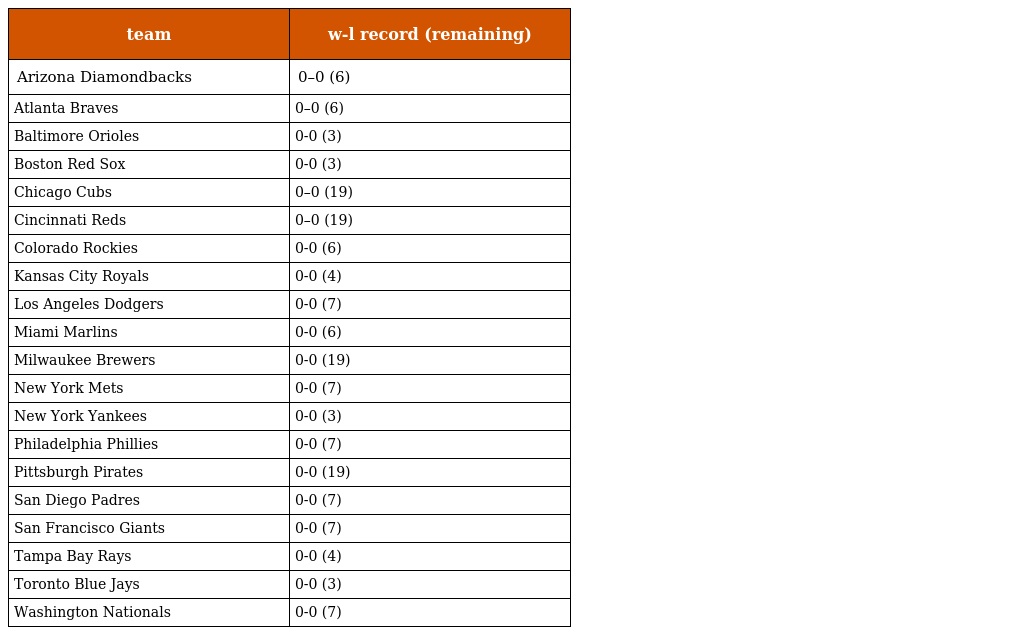
| team | w-l record (remaining) |
 | --- | --- |
 | Arizona Diamondbacks | 0–0 (6) |
 | Atlanta Braves | 0–0 (6) |
 | Baltimore Orioles | 0-0 (3) |
 | Boston Red Sox | 0-0 (3) |
 | Chicago Cubs | 0–0 (19) |
 | Cincinnati Reds | 0–0 (19) |
 | Colorado Rockies | 0-0 (6) |
 | Kansas City Royals | 0-0 (4) |
 | Los Angeles Dodgers | 0-0 (7) |
 | Miami Marlins | 0-0 (6) |
 | Milwaukee Brewers | 0-0 (19) |
 | New York Mets | 0-0 (7) |
 | New York Yankees | 0-0 (3) |
 | Philadelphia Phillies | 0-0 (7) |
 | Pittsburgh Pirates | 0-0 (19) |
 | San Diego Padres | 0-0 (7) |
 | San Francisco Giants | 0-0 (7) |
 | Tampa Bay Rays | 0-0 (4) |
 | Toronto Blue Jays | 0-0 (3) |
 | Washington Nationals | 0-0 (7) |